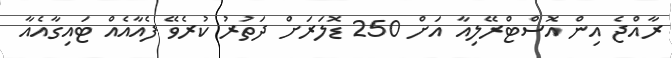
ރާއްޖެ އިން އޮސްޓްރޭލިއާ އަށް 250 ޑޮލަރަށް ދަތުރު ކުރެވޭ ފެއާއެއް ޓައިގާއެއާ